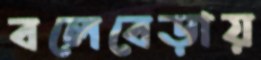
বলেবেড়ায়